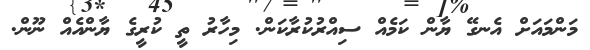
މަންމައަށް އެނގޭ ޔާން ކަމެއް ސިއްރުކުރާކަން. މިހާރު ތީ ކުރީގެ ޔާންއެއް ނޫން.